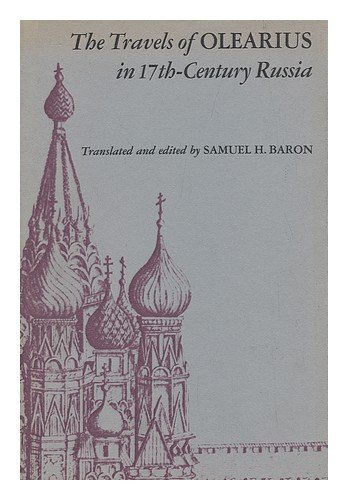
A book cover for The Travels of Olearius in Seventeenth-Century Russia; Travel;